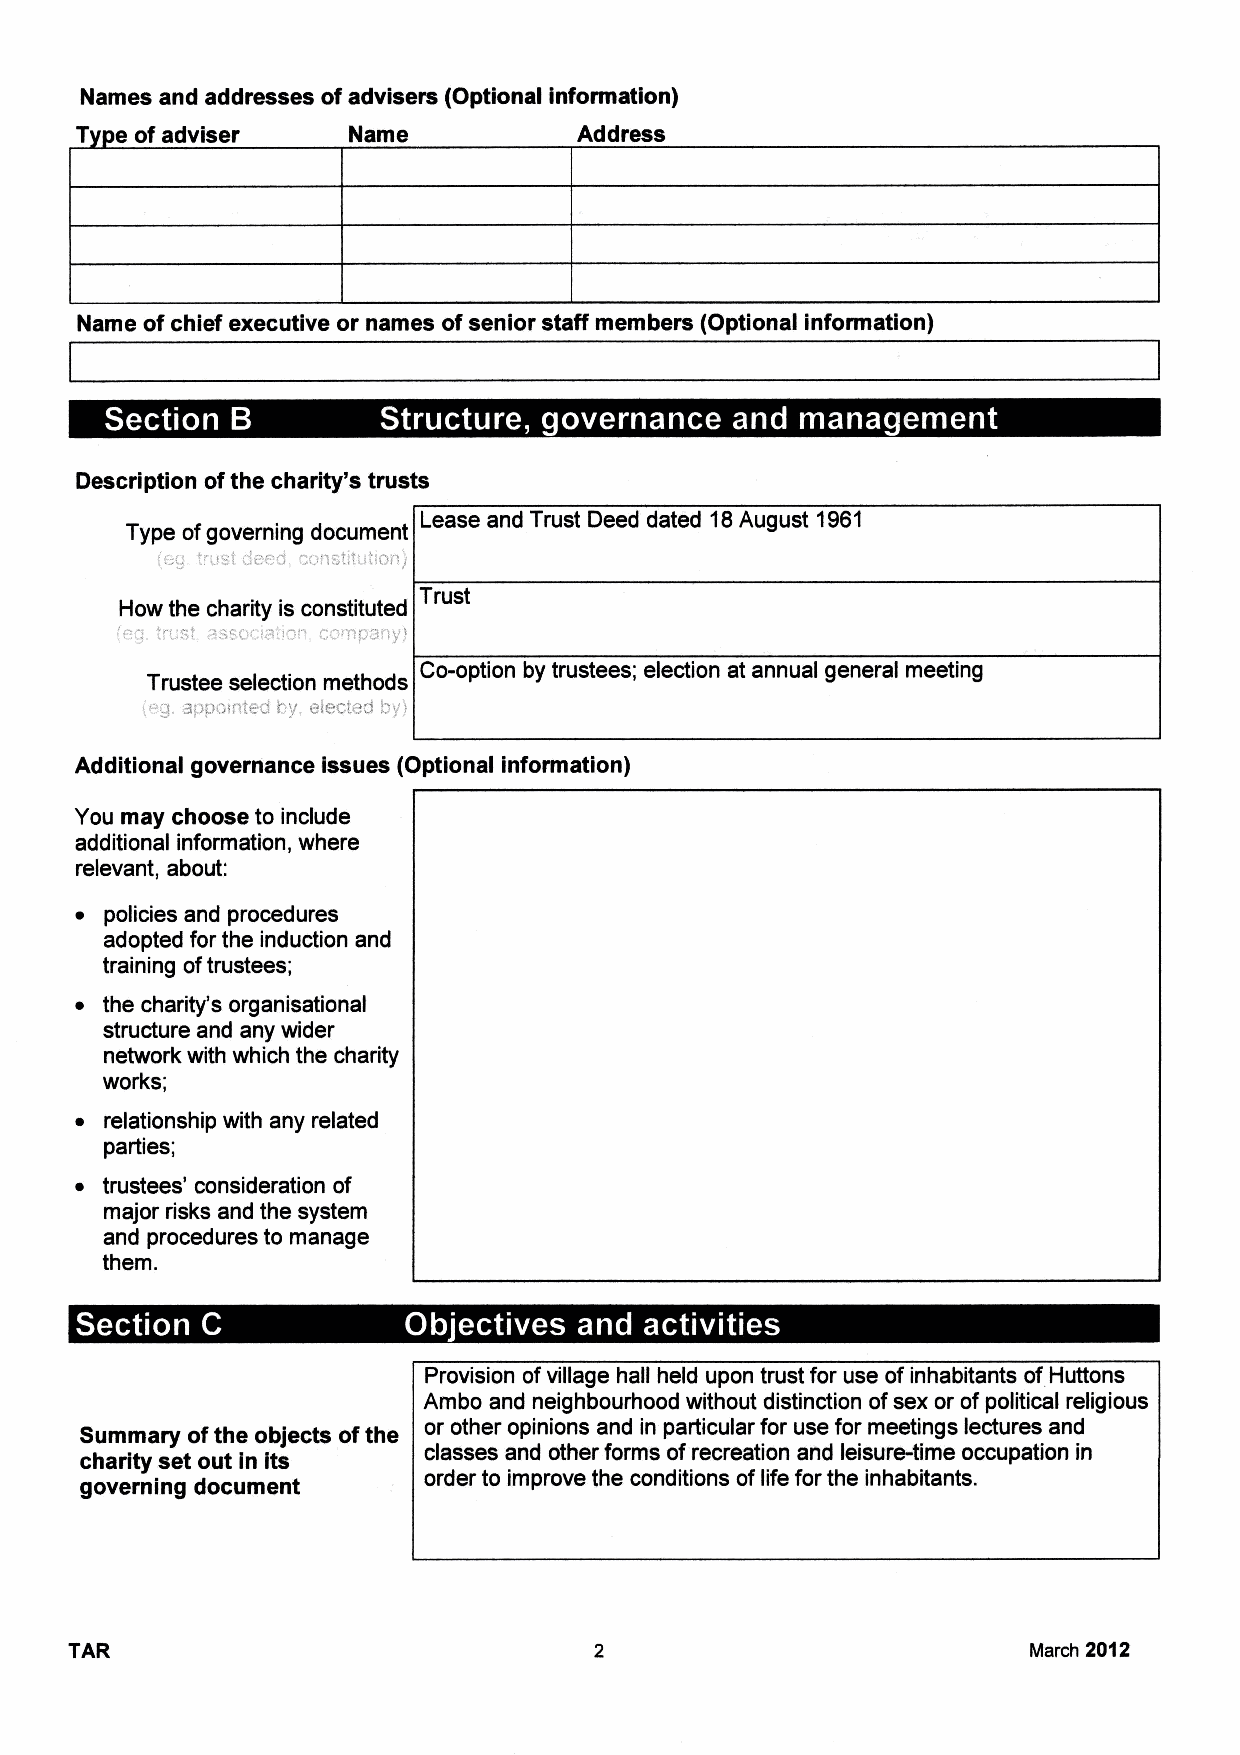
Names and addresses ofadvisers (Optional information)
 T  e ofadviser    Name           Address
 Name ofchief executive or names ofsenior staff members (Optional information)
 ~   e                   ~ ~ 4      4   ~       Q 0 4
 Description ofthe charity's trusts
 Lease and Trust Deed dated 18August 1961
 Type ofgoverning document
 Trust
 How the charity is constituted
 Co-option by trustees; election at annual general meeting
 Trustee selection methods
 :"'J. ai3l3 !!i~ac5' / C!lBci.9~J
 Additional governance issues (Optional information)
 You may choose to include
 additional information, where
 relevant, about:
 ~ policies and procedures
 adopted for the induction and
 training oftrustees;
 ~ the charity's organisational
 structure and any wider
 network with which the charity
 works;
 ~ relationship with any related
 parties;
 ~ trustees' consideration of
 major risks and the system
 and procedures to manage
 them.
 4  ~                ~ ~
 Provision ofvillage hall held upon trust for use ofinhabitants of Huttons
 Ambo and neighbourhood without distinction ofsex or of political religious
 Summary ofthe objects ofthe or other opinions and in particular for use for meetings lectures and
 charity set out in its classes and other forms ofrecreation and leisure-time occupation in
 governing document     order to improve the conditions oflife for the inhabitants.
 TAR                                                            March 2012